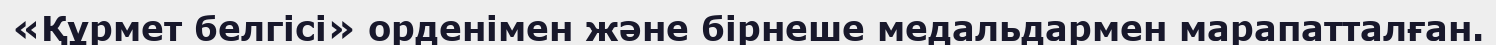
«Құрмет белгісі» орденімен және бірнеше медальдармен марапатталған.